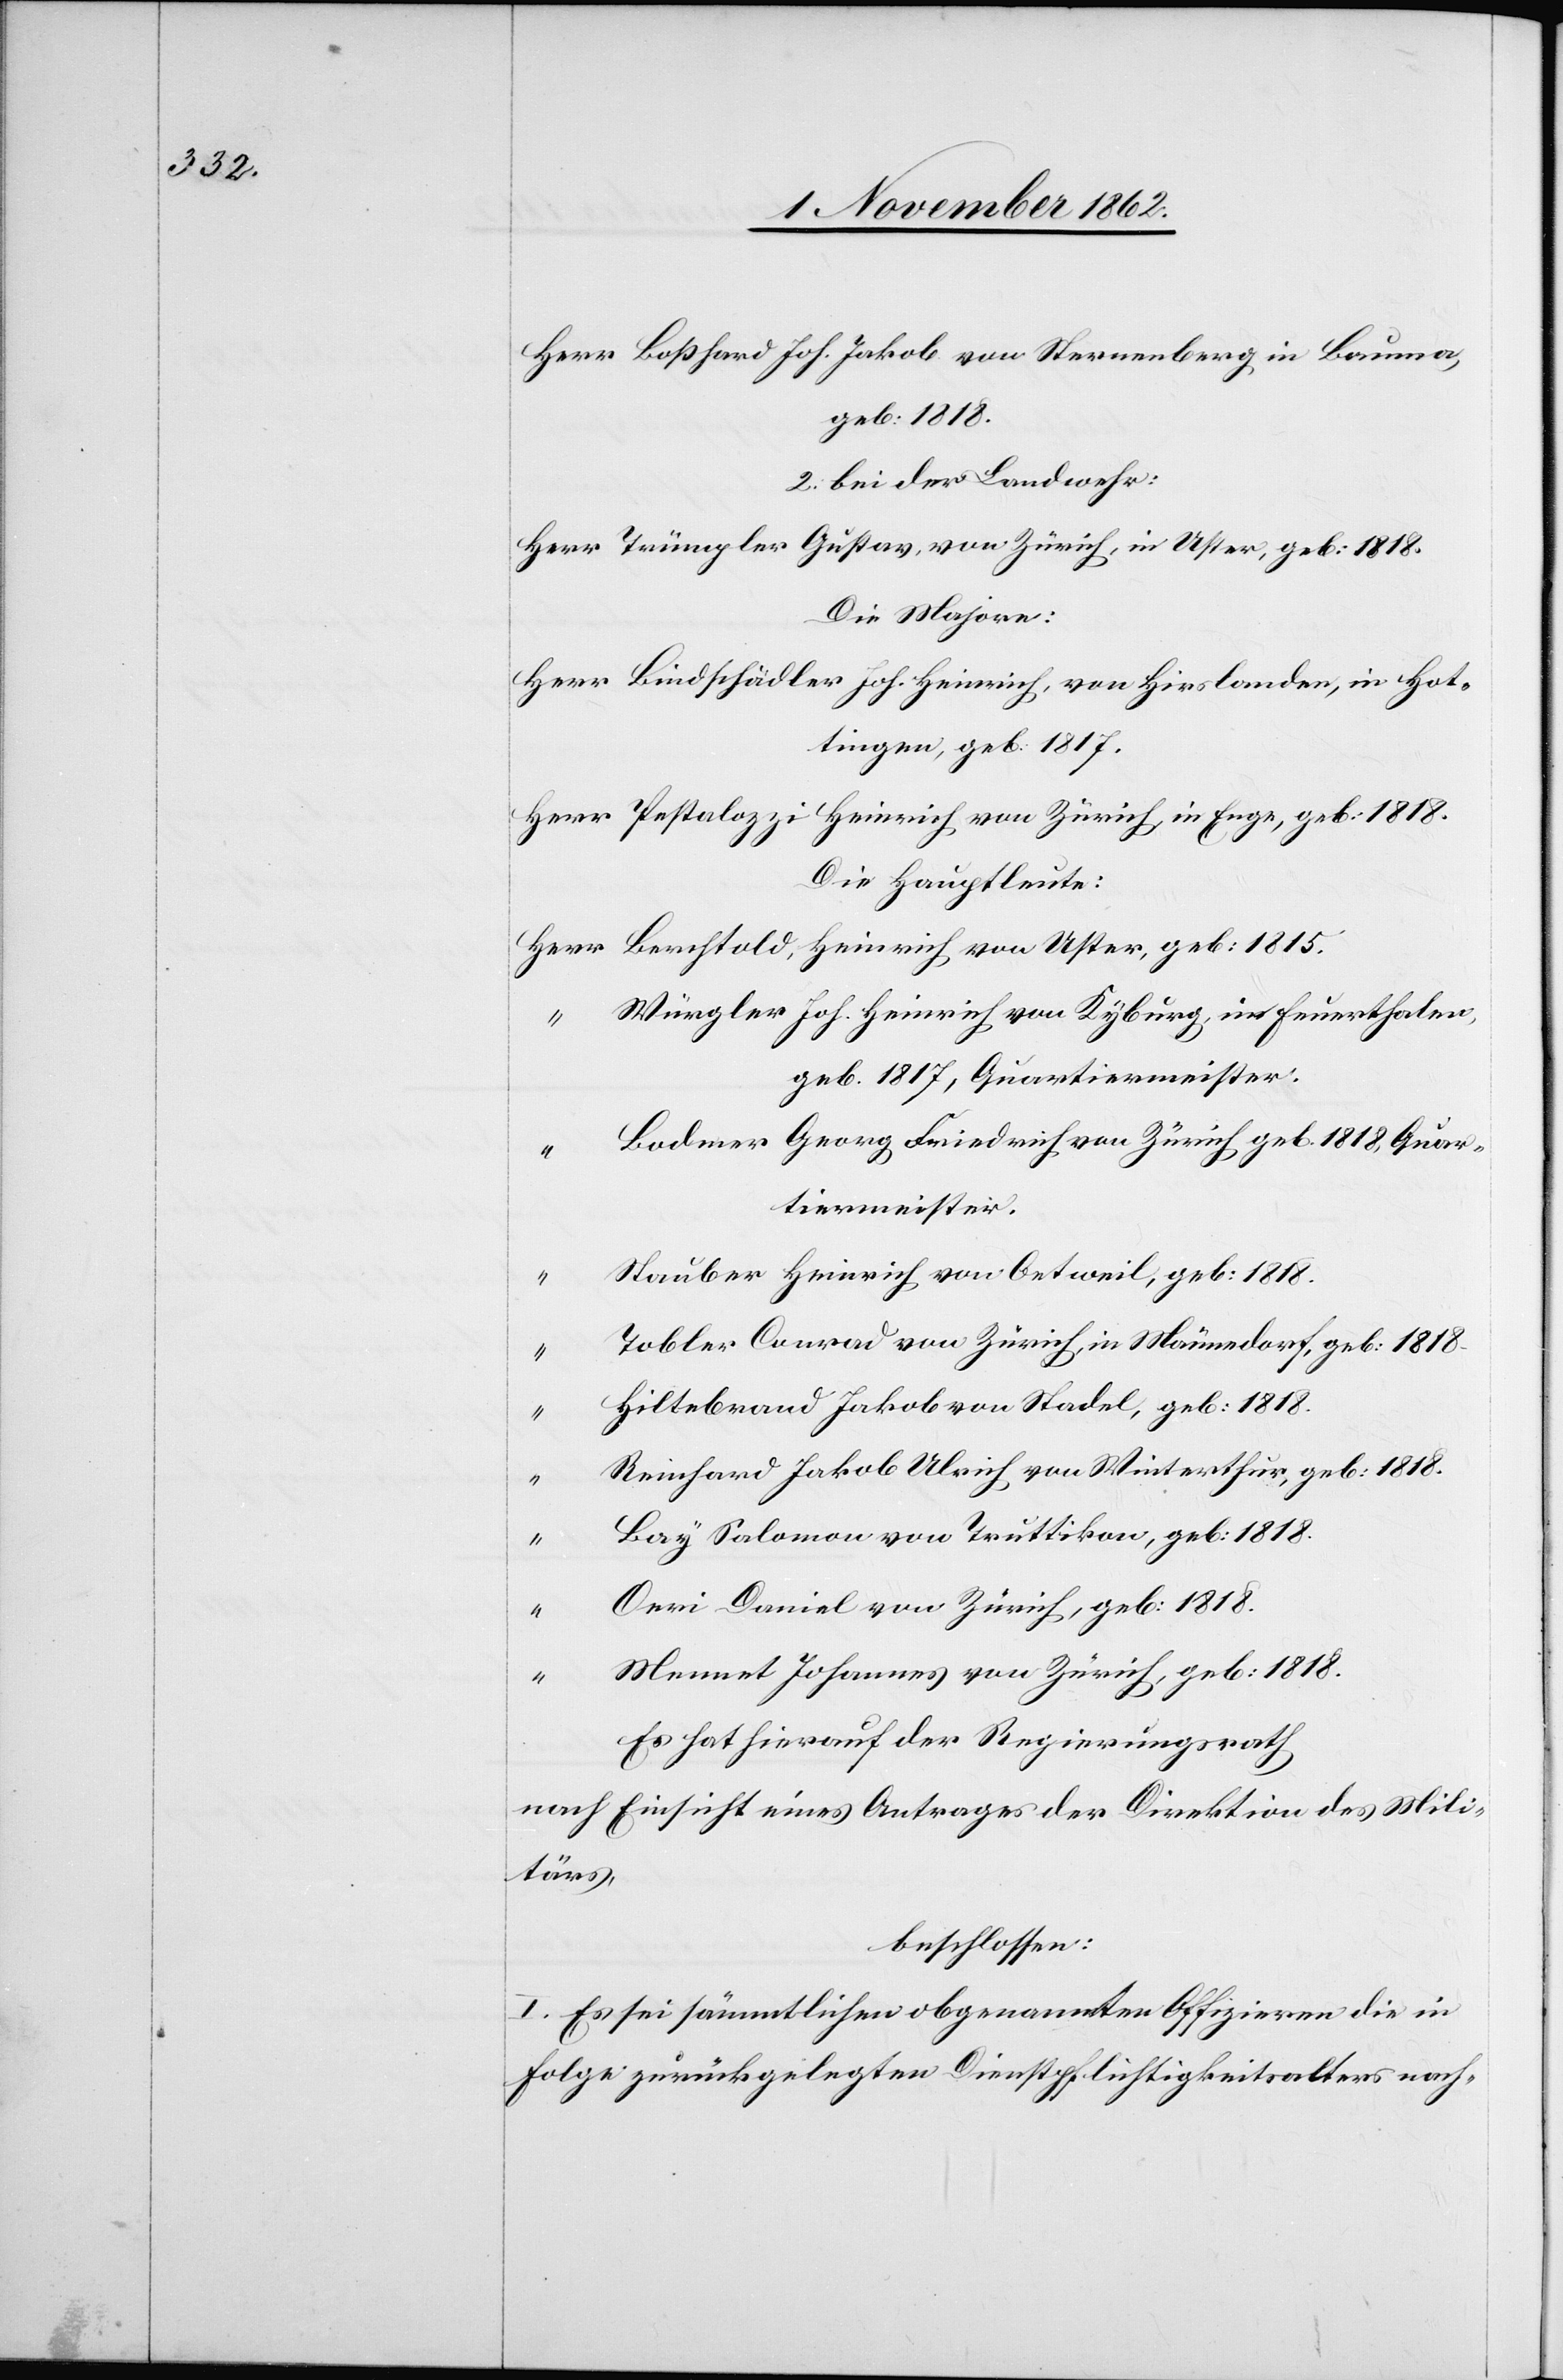
Herr Boßhard Joh. Jakob von Sternenberg in Bauma,
geb. 1815
2. bei der Landwehr:
Herr Trümpler Gustav, von Zürich, in Uster, geb: 1818.
Die Majore:
Herr Bindschädler Joh. Heinrich, von Hirslanden, in Hot¬
tingen, geb. 1817.
Herr Pestalozzi Heinrich von Zürich in Enge, geb. 1818.
Die Hauptleute:
Würgler Joh. Heinrich von Kyburg, im Feuerthalen,
geb. 1817, Quartiermeister.
Bodmer Georg Friedrich von Zürich geb. 1818, Quar¬
tiermeister.
Stauber Heinrich von Oetweil, geb. 1818.
Tobler Conrad von Zürich, in Männedorf, geb: 1818.
Hiltebrand Jakob von Stadel, geb: 1818.
Reinhard Jakob Ulrich von Winterthur, geb: 1818.
Bay Salomon von Truttikon, geb: 1818.
Orri Daniel von Zürich, geb: 1818.
Memet Johannes von Zürich, geb: 1818.
Es hat hierauf der Regierungsrath
nach Einsicht eines Antrages der Direktion des Mili¬
tärs,
beschlossen:
I. Es sei sämmtlichen obgenannten Offizieren die in
Folge zurückgelegten Dienstpflichtigkeitsalters nach-